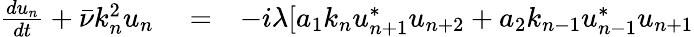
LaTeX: \begin{array}{rlr}{\frac{du_{n}}{dt}+\bar{\nu}k_{n}^{2}u_{n}}&{{}=}&{-i\lambda[a_{1}k_{n}u_{n+1}^{*}u_{n+2}+a_{2}k_{n-1}u_{n-1}^{*}u_{n+1}}\end{array}